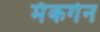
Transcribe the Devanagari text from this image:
मॅकगेन